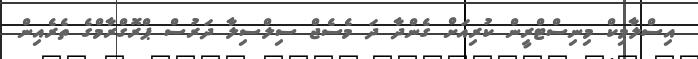
އިސްލާމިކް މިނިސްޓްރީން ކުރިއަށް ގެންދާ ދަ މެސެޖް ސިލްސިލާ ދަރުސް ޕްރޮގްރާމްގެ ތެރެއިން